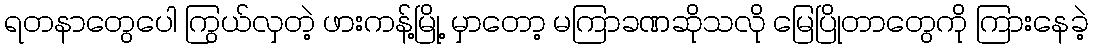
ရတနာတွေပေါ ကြွယ်လှတဲ့ ဖားကန့်မြို့ မှာတော့ မကြာခဏဆိုသလို မြေပြိုတာတွေကို ကြားနေခဲ့